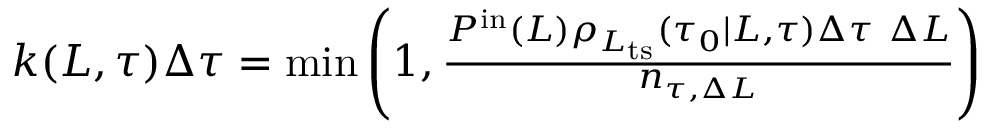
\begin{array} { r } { k ( L , \tau ) \Delta \tau = \operatorname* { m i n } \left( 1 , \frac { P ^ { \mathrm { i n } } ( L ) \rho _ { L _ { \mathrm { t s } } } ( \tau _ { 0 } | L , \tau ) \Delta \tau \ \Delta L } { n _ { \tau , \Delta L } } \right) } \end{array}